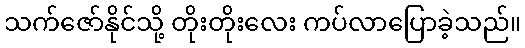
သက်ဇော်နိုင်သို့ တိုးတိုးလေး ကပ်လာပြောခဲ့သည်။